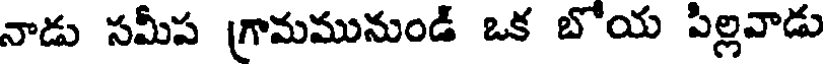
నాడు సమీప (గామమునుండ్ ఒక బోయ పిల్లవాడు